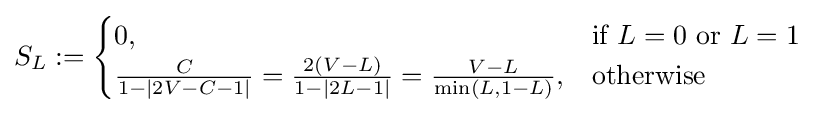
S_{L}:={\begin{cases}0,&{\text{if }}L=0{\text{ or }}L=1\\{\frac {C}{1-\left\vert 2V-C-1\right\vert }}={\frac {2(V-L)}{1-\left\vert 2L-1\right\vert }}={\frac {V-L}{\min(L,1-L)}},&{\text{otherwise}}\end{cases}}